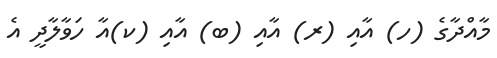
މާއްދާގެ (ހ) އާއި (ރ) އާއި (ބ) އާއި (ކ)އާ ހަވާލާދީ އެ